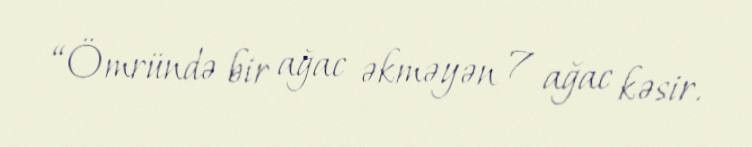
“Ömründə bir ağac əkməyən 7 ağac kəsir.